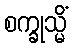
စက္ခုသ္မိံ